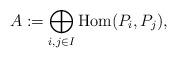
LaTeX: \begin{align*}A:= \bigoplus_{i,j \in I } {\rm Hom}(P_i,P_j),\end{align*}